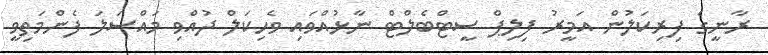
ރާނީގެ ފިރިކަލުން އަމީރު ފިލިޕް ސީޓްބެލްޓް ނާޅުއްވައި ވެހިކަލް ދުއްވި މައްސަލަ ފެންމަތިވީ